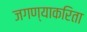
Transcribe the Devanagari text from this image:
जगण्याकरिता